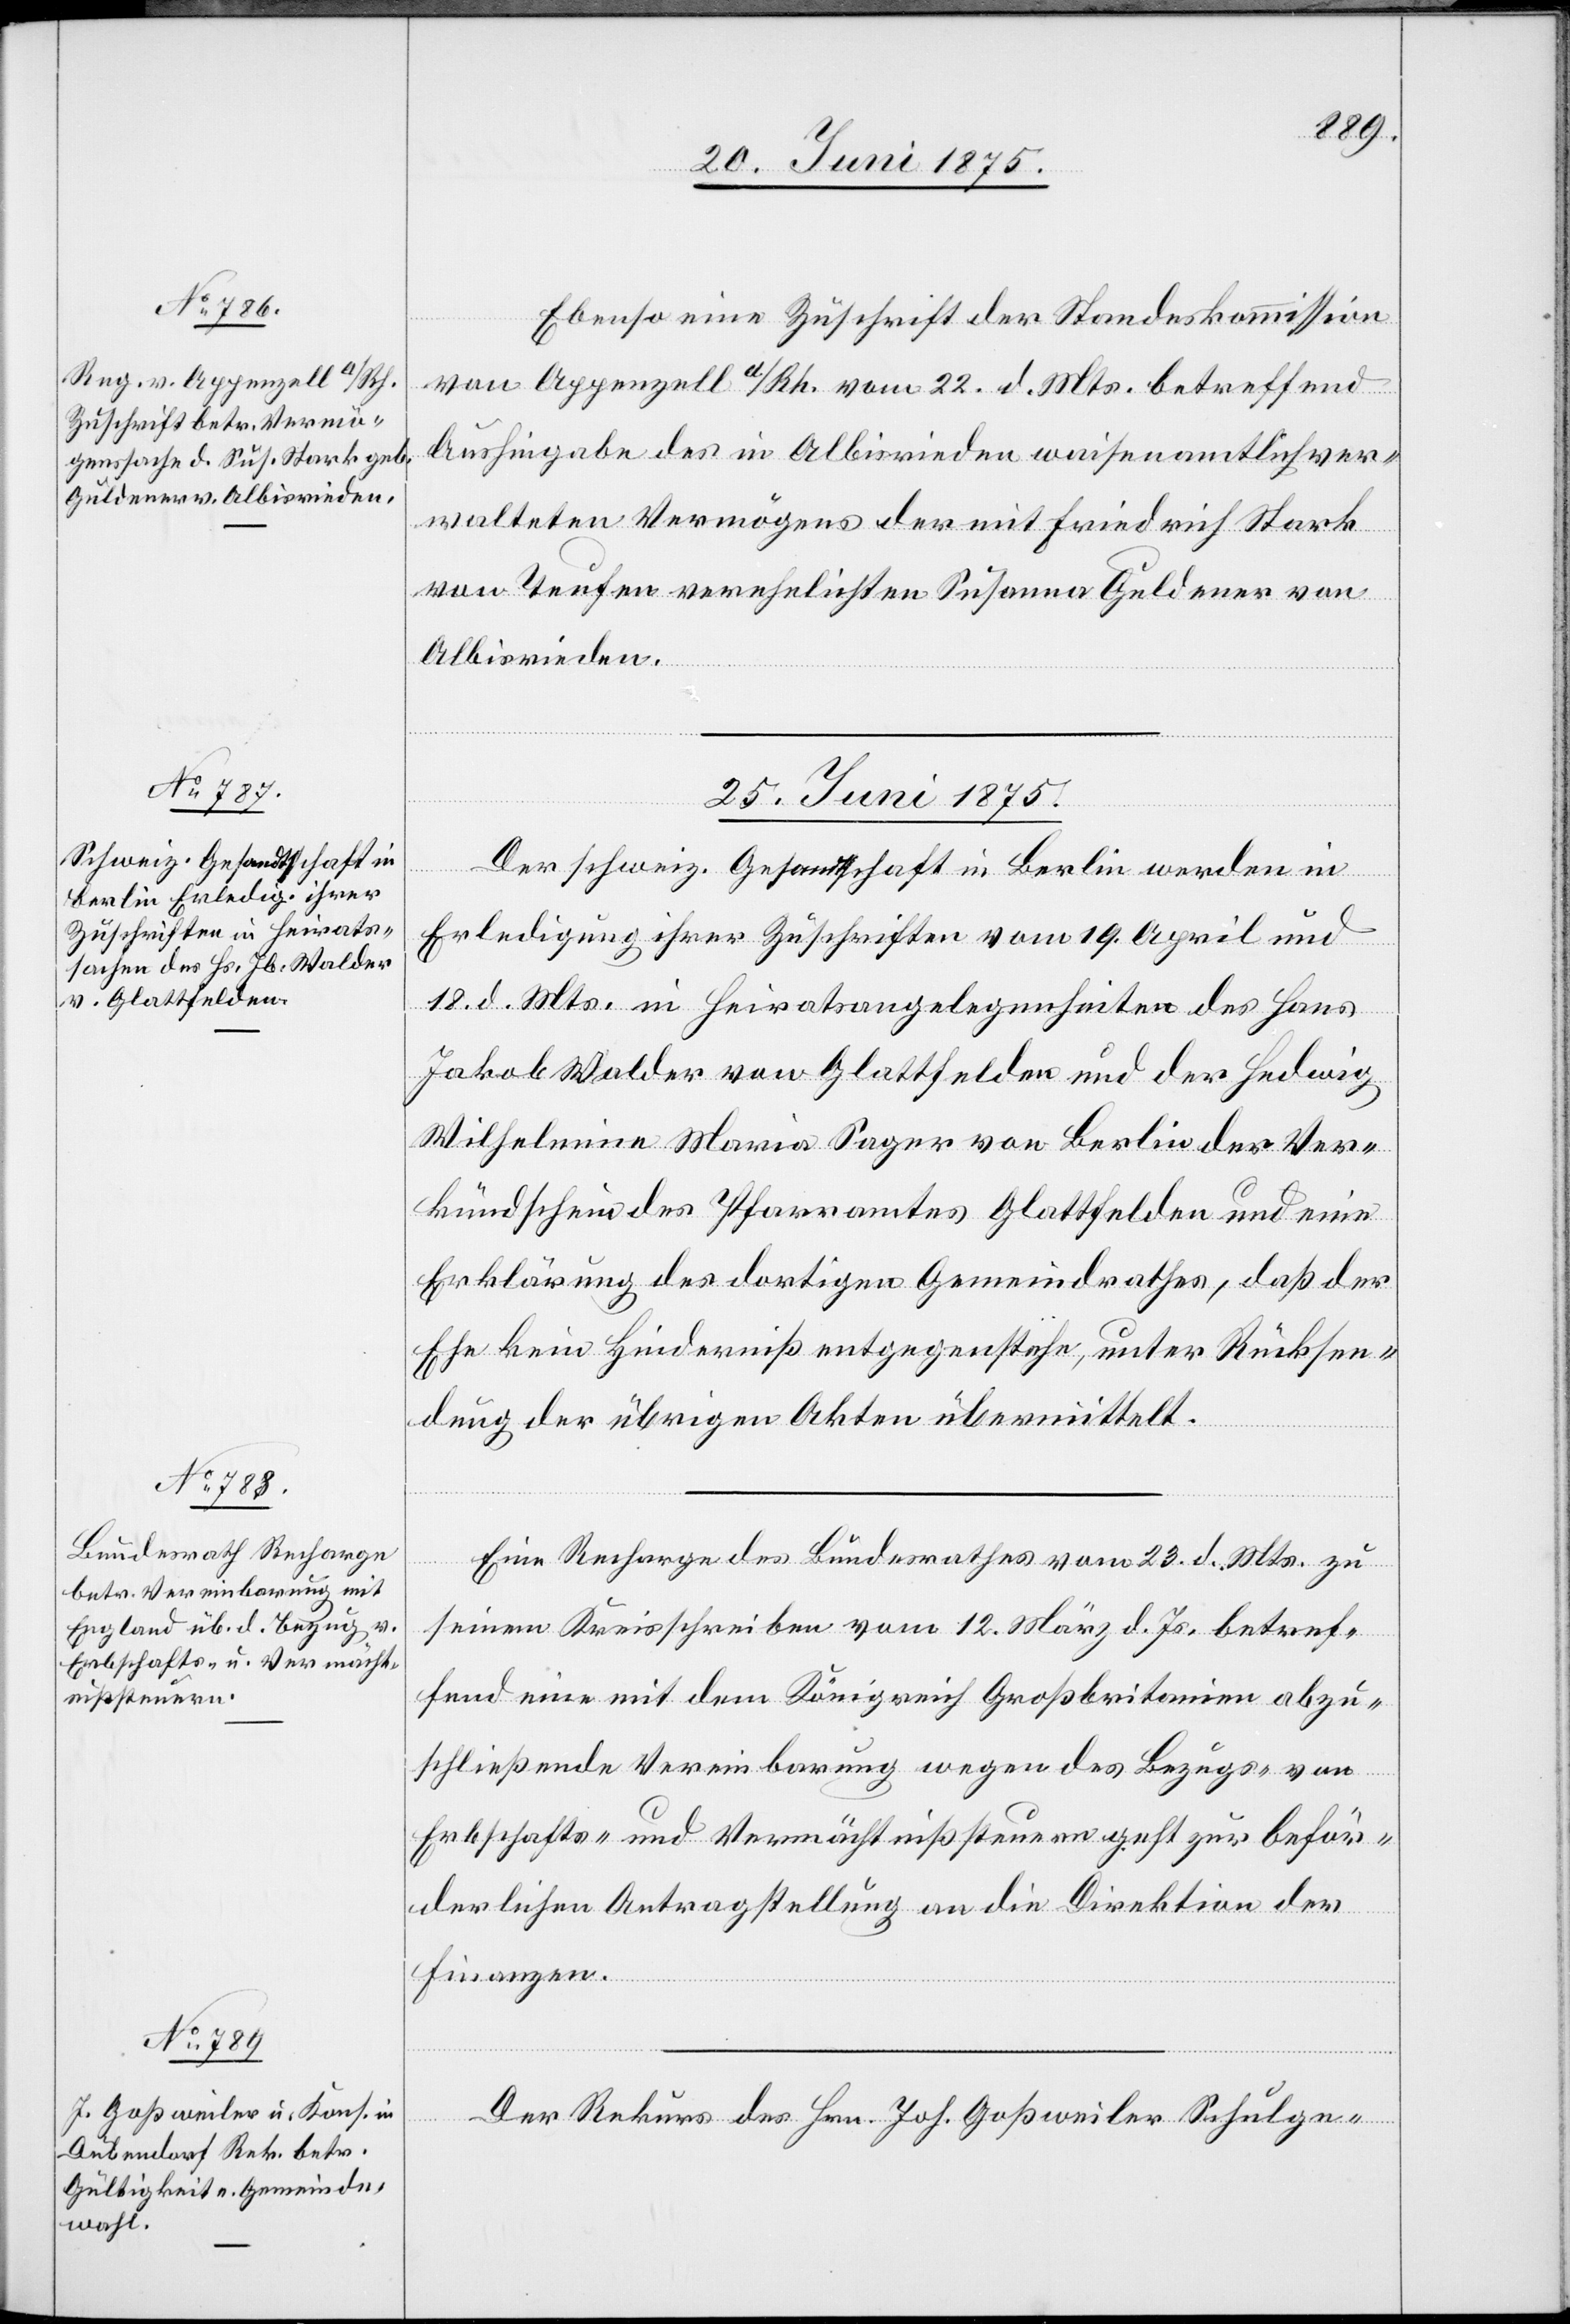
24. Juni 1875.]
Ebenso eine Zuschrift der Standeskommission
von Appenzell a/Rh. vom 22. d. Mts betreffend
Aushingabe des in Albisrieden waisenamtlich ver¬
walteten Vermögens der mit Friedrich Stark
von Teufen verehelichten Susanna Guldener von
Albisrieden.
25. Juni 1875.]
Geme¬
Der schweiz. Gesandtschaft in Berlin werden in
Erledigung ihrer Zuschriften vom 19. April und
18. d. Mts. in Heiratsangelegenheiten des Hans
Jakob Walder von Glattfelden und der Hedwig
Wilhelmine Maria Sager von Berlin der Ver¬
Ehe kein Hinderniß entgegenstehe, unter Rücksen¬
dung der übrigen Akten übermittelt.
Eine Recharge des Bundesrathes vom 23. d. Mts. zu
seinem Kreisschreiben vom 12. März d. Js. betref¬
fend eine mit dem Königreich Großbritannien abzu¬
schließende Vereinbarung wegen des Bezugs-
von
Erbschafts- und Vermächtnißsteuern geht zur beför¬
derlichen Antragstellung an die Direktion der
daß der
Finanzen.
schein
Der Rekurs des Hrn. Joh. Goßweiler Schulge-